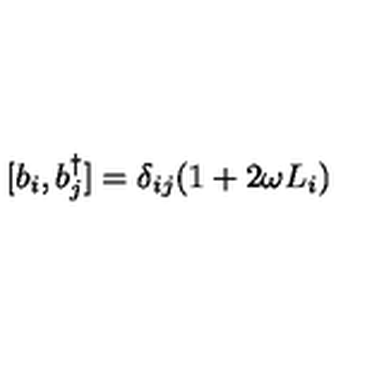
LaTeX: [ b _ { i } , b _ { j } ^ { \dagger } ] = \delta _ { i j } ( 1 + 2 \omega L _ { i } )